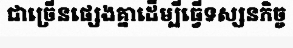
ជាច្រើនផ្សេងគ្នាដើម្បីធ្វើទស្សនកិច្ច